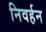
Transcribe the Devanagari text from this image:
निवर्हन